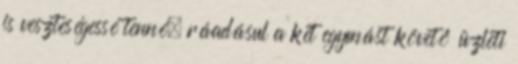
is veszteségessé tenné, ráadásul a két egymást követő üzleti